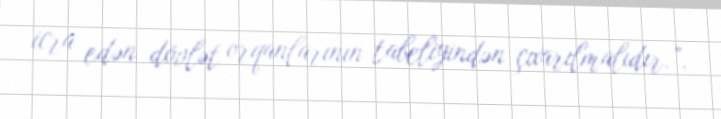
icra edən dövlət orqanlarının tabeliyindən çıxarılmalıdır.”.